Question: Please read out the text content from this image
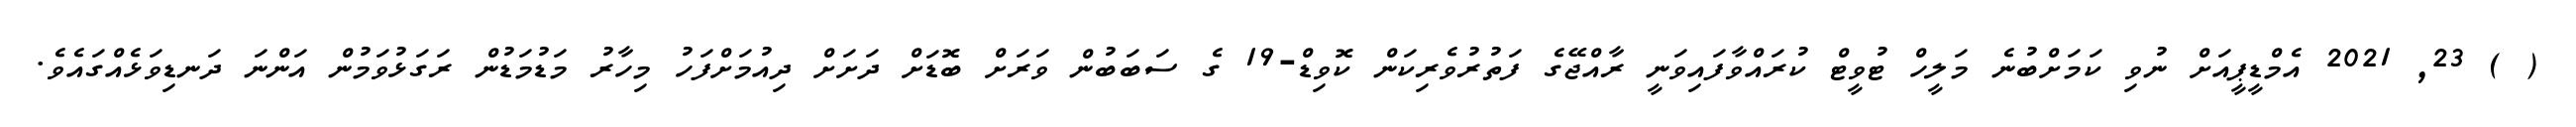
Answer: ( ) 23, 2021 އެމްޑީޕީއަށް ނުވި ކަމަށްބުނެ މަލީހް ޓުވީޓް ކުރައްވާފައިވަނީ ރާއްޖޭގެ ފަތުރުވެރިކަން ކޮވިޑް-19 ގެ ސަބަބުން ވަރަށް ބޮޑަށް ދަށަށް ދިއުމަށްފަހު މިހާރު މަޑުމަޑުން ރަގަޅުވަމުން އަންނަ ދަނޑިވަޅެއްގައެވެ.